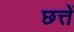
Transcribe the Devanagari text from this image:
छत्तें